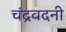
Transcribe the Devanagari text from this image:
चंद्रवदनी